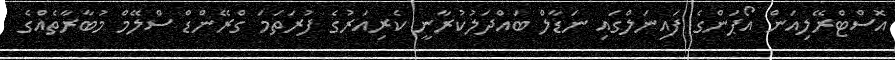
އޮސްޓްރޭލިއަން އޯޕަންގެ ފައިނަލްގައި ނަޑާލް ބައްދަލުކުރާނީ ކެރިއަރުގެ ފުރަތަމަ ގްރޭންޑް ސްލޭމް މުބާރާތެއްގެ